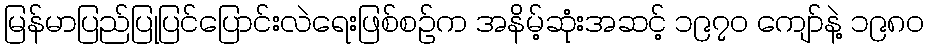
မြန်မာပြည်ပြုပြင်ပြောင်းလဲရေးဖြစ်စဉ်က အနိမ့်ဆုံးအဆင့် ၁၉၇၀ ကျော်နဲ့ ၁၉၈၀